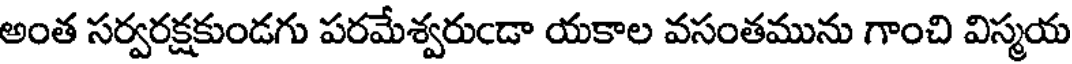
అంత సర్వరక్షకుండగు పరమేశ్వరుఁడా యకాల వసంతమును గాంచి విస్మయ